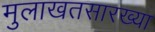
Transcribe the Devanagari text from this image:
मुलाखतसारख्या